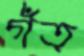
গঁত্